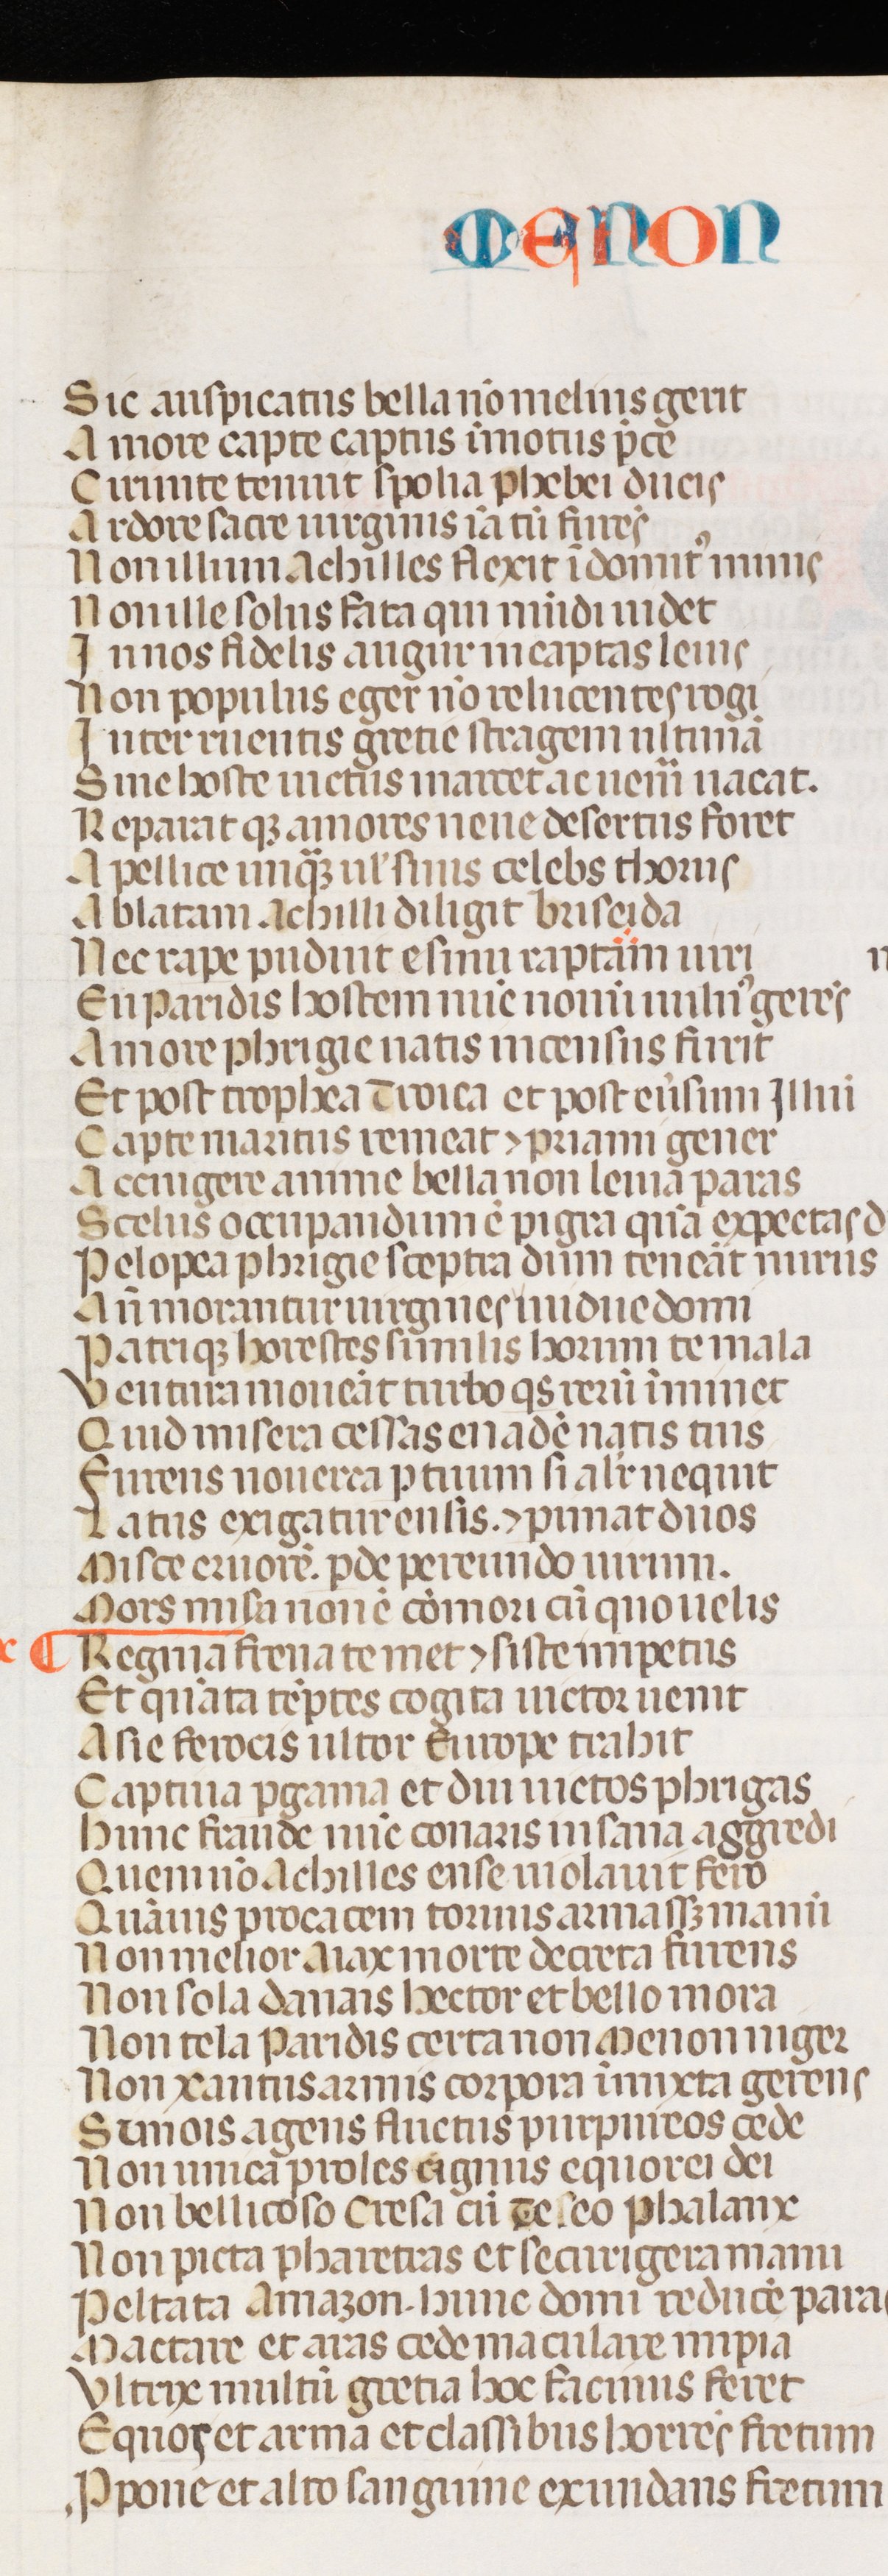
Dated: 1300–1399